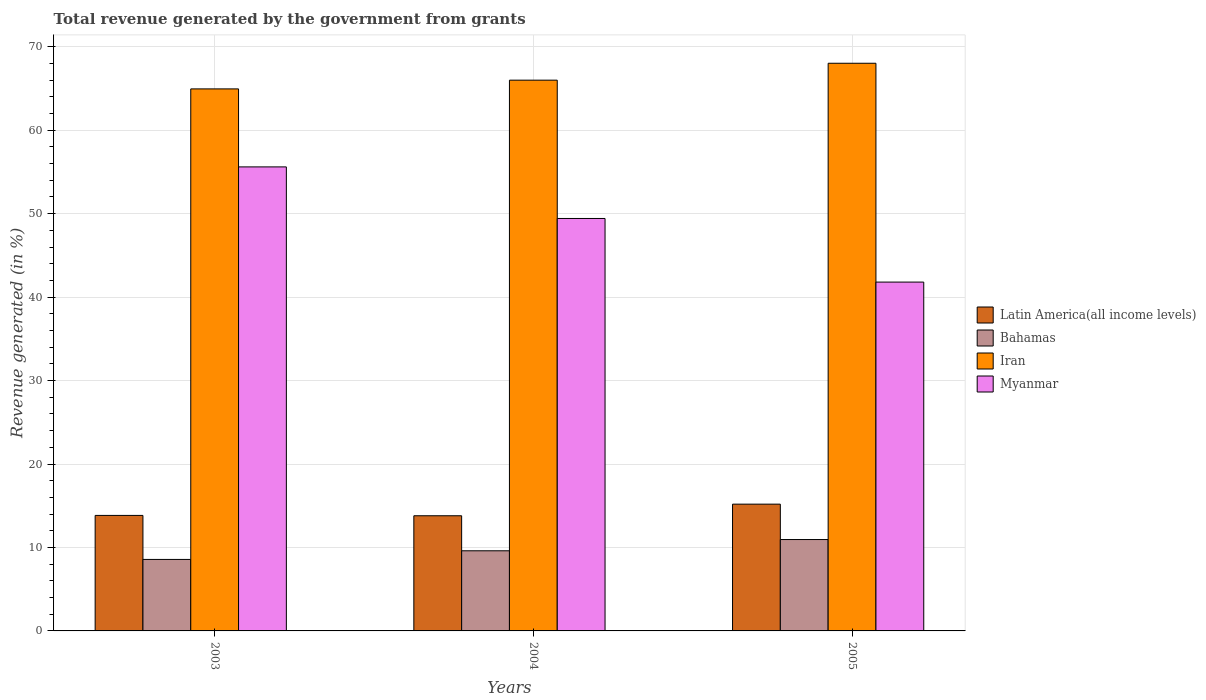
| Years | Latin America(all income levels) | Bahamas | Iran | Myanmar |
 | --- | --- | --- | --- | --- |
 | 2003 | 13.8 | 8.57 | 65 | 55.6 |
 | 2004 | 13.8 | 9.6 | 66 | 49.4 |
 | 2005 | 15.2 | 11 | 68 | 41.8 |